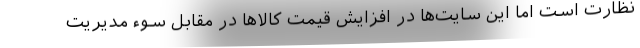
نظارت است اما این سایت‌ها در افزایش قیمت کالاها در مقابل سوء مدیریت